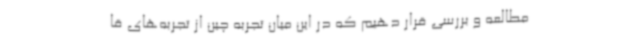
مطالعه و بررسی قرار دهیم که در این میان تجربه چین از تجربه‌های قا